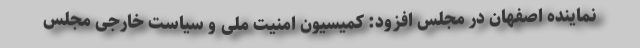
نماینده اصفهان در مجلس افزود: کمیسیون امنیت ملی و سیاست خارجی مجلس